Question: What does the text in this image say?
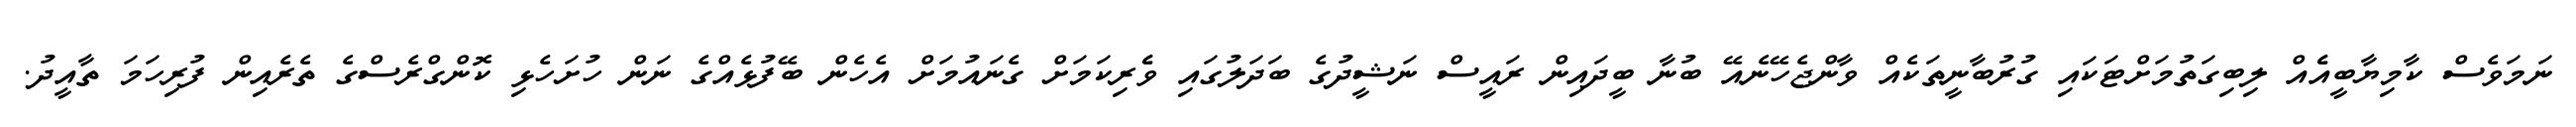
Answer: ނަމަވެސް ކާމިޔާބީއެެއް ލިބިގަތުމަށްޓަކައި ގުރުބާނީތަކެއް ވާންޖެހޭނެއޭ ބުނާ ބީދައިން ރައީސް ނަޝީދުގެ ބަދަލުގައި ވެެރިކަމަށް ގެނައުމަށް އެހެން ބޭފުޅެއްގެ ނަން ހުށަހެޅި ކޮންގްރެސްގެ ތެރެއިން ފުރިހަމަ ތާއީދު.